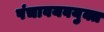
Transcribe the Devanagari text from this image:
पंचावयवयुक्त